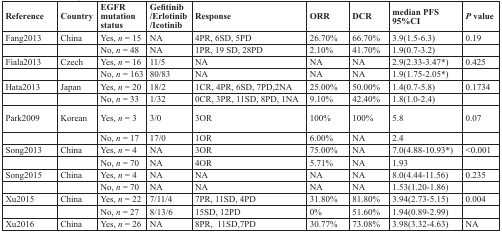
<table><thead><tr><td><b>Reference</b></td><td><b>Country</b></td><td><b>EGFR mutation status</b></td><td><b>Gefitinib/Erlotinib/Icotinib</b></td><td><b>Response</b></td><td><b>ORR</b></td><td><b>DCR</b></td><td><b>median PFS95%CI</b></td><td><b><i>P</i> value</b></td></tr></thead><tbody><tr><td>Fang2013</td><td>China</td><td>Yes, <i>n</i> = 15</td><td>NA</td><td>4PR, 6SD, 5PD</td><td>26.70%</td><td>66.70%</td><td>3.9(1.5-6.3)</td><td>0.19</td></tr><tr><td></td><td></td><td>No, <i>n</i> = 48</td><td>NA</td><td>1PR, 19 SD, 28PD</td><td>2.10%</td><td>41.70%</td><td>1.9(0.7-3.2)</td><td></td></tr><tr><td>Fiala2013</td><td>Czech</td><td>Yes, <i>n</i> = 16</td><td>11/5</td><td>NA</td><td>NA</td><td>NA</td><td>2.9(2.33-3.47*)</td><td>0.425</td></tr><tr><td></td><td></td><td>No, <i>n</i> = 163</td><td>80/83</td><td>NA</td><td>NA</td><td>NA</td><td>1.9(1.75-2.05*)</td><td></td></tr><tr><td>Hata2013</td><td>Japan</td><td>Yes, <i>n</i> = 20</td><td>18/2</td><td>1CR, 4PR, 6SD, 7PD,2NA</td><td>25.00%</td><td>50.00%</td><td>1.4(0.7-5.8)</td><td>0.1734</td></tr><tr><td></td><td></td><td>No, <i>n</i> = 33</td><td>1/32</td><td>0CR, 3PR, 11SD, 8PD, 1NA</td><td>9.10%</td><td>42.40%</td><td>1.8(1.0-2.4)</td><td></td></tr><tr><td>Park2009</td><td>Korean</td><td>Yes, <i>n</i> = 3</td><td>3/0</td><td>3OR</td><td>100%</td><td>100%</td><td>5.8</td><td>0.07</td></tr><tr><td></td><td></td><td>No, <i>n</i> = 17</td><td>17/0</td><td>1OR</td><td>6.00%</td><td>NA</td><td>2.4</td><td></td></tr><tr><td>Song2013</td><td>China</td><td>Yes, <i>n</i> = 4</td><td>NA</td><td>3OR</td><td>75.00%</td><td>NA</td><td>7.0(4.88-10.93*)</td><td>&lt;0.001</td></tr><tr><td></td><td></td><td>No, <i>n</i> = 70</td><td>NA</td><td>4OR</td><td>5.71%</td><td>NA</td><td>1.93</td><td></td></tr><tr><td>Song2015</td><td>China</td><td>Yes, <i>n</i> = 4</td><td>NA</td><td>NA</td><td>NA</td><td>NA</td><td>8.0(4.44-11.56)</td><td>0.235</td></tr><tr><td></td><td></td><td>No, <i>n</i> = 70</td><td>NA</td><td>NA</td><td>NA</td><td>NA</td><td>1.53(1.20-1.86)</td><td></td></tr><tr><td>Xu2015</td><td>China</td><td>Yes, <i>n</i> = 22</td><td>7/11/4</td><td>7PR, 11SD, 4PD</td><td>31.80%</td><td>81.80%</td><td>3.94(2.73-5.15)</td><td>0.004</td></tr><tr><td></td><td></td><td>No, <i>n</i> = 27</td><td>8/13/6</td><td>15SD, 12PD</td><td>0%</td><td>51.60%</td><td>1.94(0.89-2.99)</td><td></td></tr><tr><td>Xu2016</td><td>China</td><td>Yes, <i>n</i> = 26</td><td>NA</td><td>8PR, 11SD,7PD</td><td>30.77%</td><td>73.08%</td><td>3.98(3.32-4.63)</td><td>NA</td></tr></tbody></table>